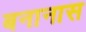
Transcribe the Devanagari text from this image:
बनानास